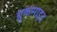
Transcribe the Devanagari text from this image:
ब्रुकसाइड